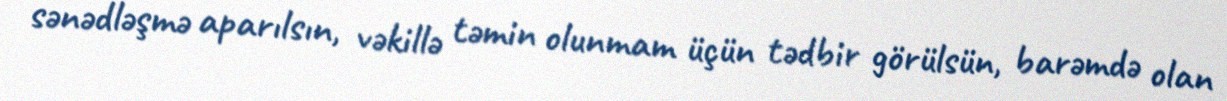
sənədləşmə aparılsın, vəkillə təmin olunmam üçün tədbir görülsün, barəmdə olan